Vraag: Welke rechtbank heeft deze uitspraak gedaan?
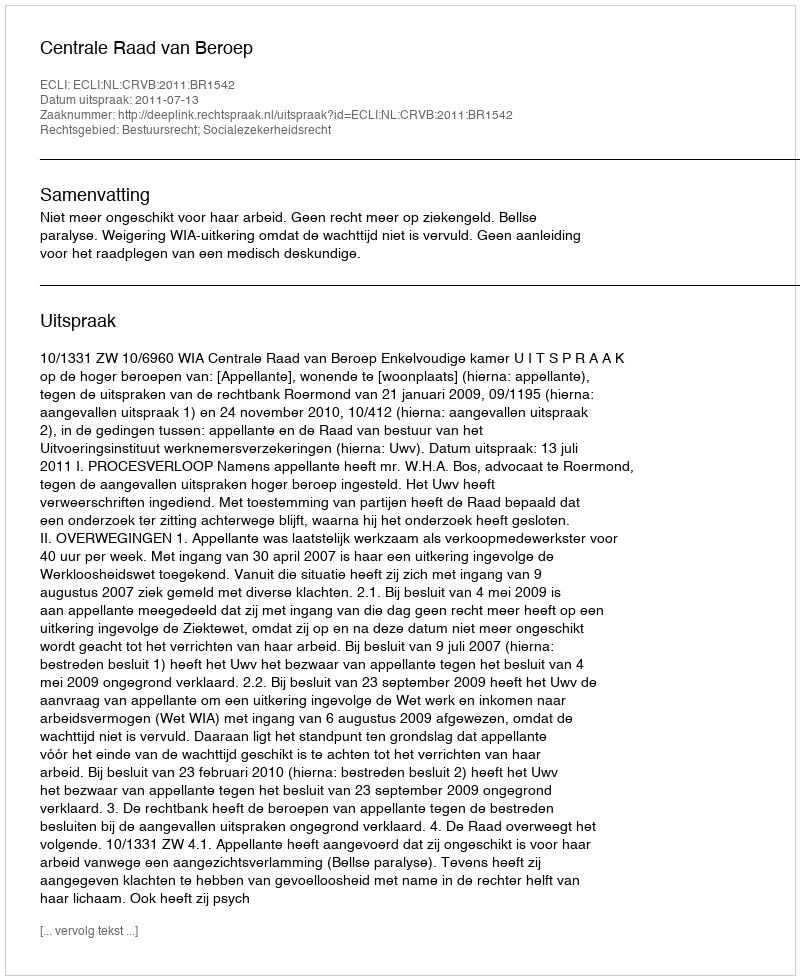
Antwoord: Centrale Raad van Beroep